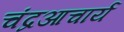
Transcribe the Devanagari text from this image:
चंद्रआचार्य